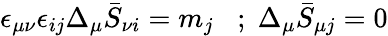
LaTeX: \epsilon_{\mu\nu}\epsilon_{ij}\Delta_{\mu}\bar{S}_{\nu i}=m_{j}\; \; \; ;\; \Delta_{\mu}\bar{S}_{\mu j}=0